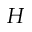
H